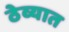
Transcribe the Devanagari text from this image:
ठेव्यात